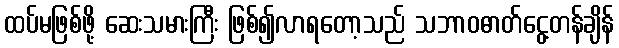
ထပ်မဖြစ်ဖို့ ဆေးသမားကြီး ဖြစ်၍လာရတော့သည် သဘာဝဓာတ်ငွေ့တန်ချိန်